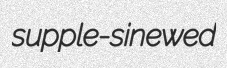
supple-sinewed